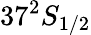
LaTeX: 37^{2}S_{1/2}